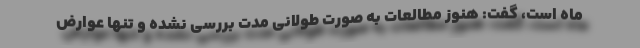
ماه است، گفت: هنوز مطالعات به صورت طولانی مدت بررسی نشده و تنها عوارض